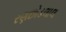
રણછોડલાલ